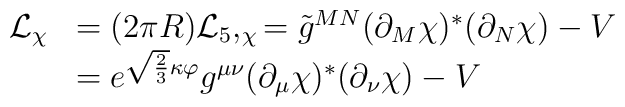
\begin{array}{ll}{\cal L}_\chi & =(2\pi R){\cal L}_5,_\chi =\tilde{g}^{MN}(\partial _M\chi)^{*}(\partial _N\chi )-V \\ & =e^{\sqrt{\frac 23}\kappa \varphi }g^{\mu \nu }(\partial _\mu \chi)^{*}(\partial _\nu \chi )-V\end{array}